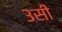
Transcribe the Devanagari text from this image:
३सी